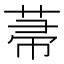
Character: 菷